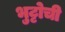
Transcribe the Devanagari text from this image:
भुट्टोची